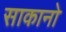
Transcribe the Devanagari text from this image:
साकानो